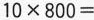
$$1 0 \times 8 0 0 =$$